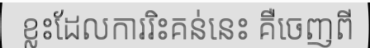
ខ្លះដែលការរិះគន់នេះ គឺចេញពី